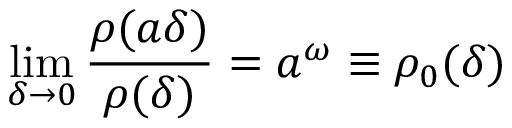
\operatorname * { l i m } _ { \delta \rightarrow 0 } \frac { \rho ( a \delta ) } { \rho ( \delta ) } = a ^ { \omega } \equiv \rho _ { 0 } ( \delta )